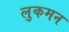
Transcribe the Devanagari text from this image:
लुकमन